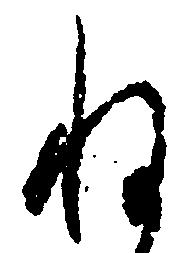
ね